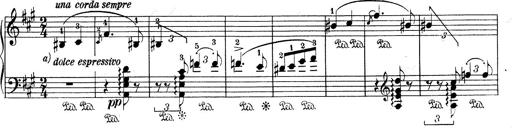
Title: Mephisto Waltz No.1
Composer: Franz Liszt